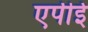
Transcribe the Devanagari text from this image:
एपीई